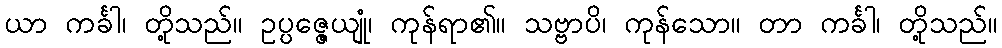
ယာ ကင်္ခါ၊ တို့သည်။ ဥပ္ပဇ္ဇေယျုံ၊ ကုန်ရာ၏။ သဗ္ဗာပိ၊ ကုန်သော။ တာ ကင်္ခါ၊ တို့သည်။